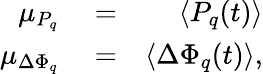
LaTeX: \begin{array}{rlr}{\mu_{P_{q}}}&{{}=}&{\left\langle P_{q}(t)\right\rangle}\\ {\mu_{\Delta\Phi_{q}}}&{{}=}&{\left\langle\Delta\Phi_{q}(t)\right\rangle,}\end{array}